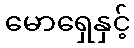
မောရှေနှင့်